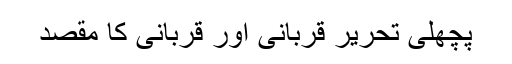
پچھلی تحریر قربانی اور قربانی کا مقصد